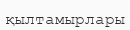
қылтамырлары